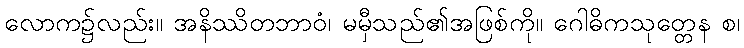
လောက၌လည်း။ အနိဿိတဘာဝံ၊ မမှီသည်၏အဖြစ်ကို။ ဂေါဓိကသုတ္တေန စ၊